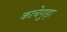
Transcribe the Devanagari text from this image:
काचेगुड़ा